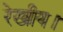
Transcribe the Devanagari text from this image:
रेखीय।